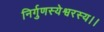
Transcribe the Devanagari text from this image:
निर्गुणस्येश्वरस्य।।